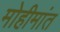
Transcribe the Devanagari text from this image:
मोहीमांत